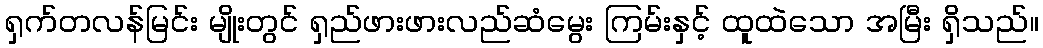
ရှက်တလန်မြင်း မျိုးတွင် ရှည်ဖားဖားလည်ဆံမွေး ကြမ်းနှင့် ထူထဲသော အမြီး ရှိသည်။